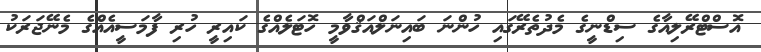
އޮސްޓްރޭލިއާގެ ސިޑްނީގެ މެދުތެރޭގައި ހުންނަ ބައިނަލްއަޤްވާމީ ހޮޓަލެއްގެ ކައިރީ ހުރި ފާމަސީއެއްގެ މެނޭޖަރަކު